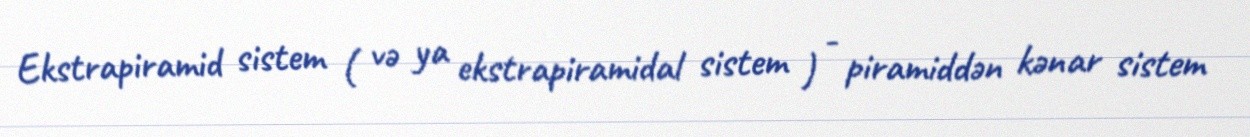
Ekstrapiramid sistem ( və ya ekstrapiramidal sistem ) - piramiddən kənar sistem